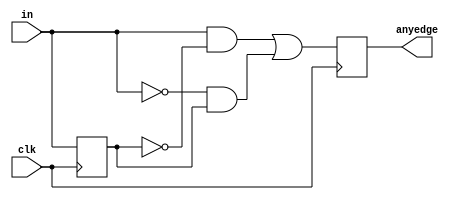
module top_module (
    input clk,
    input [7:0] in,
    output [7:0] anyedge
);
    reg	[7:0]	d_last;
    always@(posedge clk) begin
        d_last <= in;
        anyedge <= in&(~d_last) | (~in)&d_last;
    end
endmodule